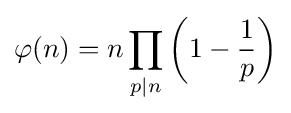
\varphi (n)=n\prod _{p\mid n}\left(1-{\frac {1}{p}}\right)